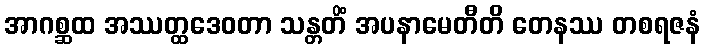
အာဂစ္ဆထ အဿတ္ထဒေဝတာ သန္တတိံ အပနာမေတီတိ တေနဿ တစရဇနံ